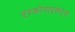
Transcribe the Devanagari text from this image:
एस्कोमाइसेट्स